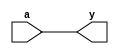
module sn74ls63(y, a);
input a;
output y;
parameter
	// TI TTL data book Vol 1, 1985
	tPLH_min=0, tPLH_typ=27, tPLH_max=45,
	tPHL_min=0, tPHL_typ=15, tPHL_max=25;

	buf #(tPLH_min : tPLH_typ : tPLH_max,
	  tPHL_min : tPHL_typ : tPHL_max)
	(y, a);

endmodule